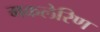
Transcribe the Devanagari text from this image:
मकलेरिण